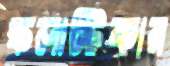
স্কলাস্টিকার